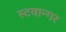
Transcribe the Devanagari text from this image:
स्टवान्गर